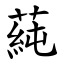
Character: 蒓